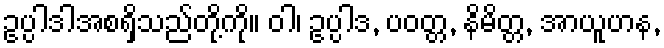
ဥပ္ပါဒါအစရှိသည်တို့ကို။ ဝါ၊ ဥပ္ပါဒ, ပဝတ္တ, နိမိတ္တ, အာယူဟန,